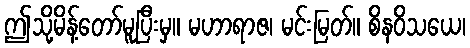
ဤသို့မိန့်တော်မူပြီးမှ။ မဟာရာဇ၊ မင်းမြတ်။ စိနဝိသယေ၊